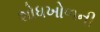
શોધખોળની